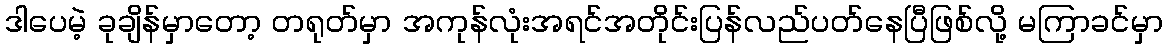
ဒါပေမဲ့ ခုချိန်မှာတော့ တရုတ်မှာ အကုန်လုံးအရင်အတိုင်းပြန်လည်ပတ်နေပြီဖြစ်လို့ မကြာခင်မှာ